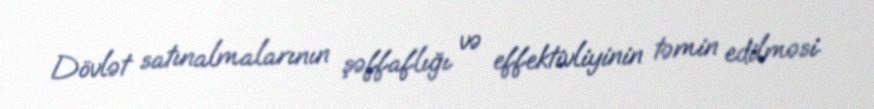
Dövlət satınalmalarının şəffaflığı və effektivliyinin təmin edilməsi